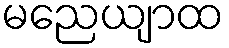
မညေယျာထ